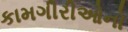
કામગીરીઓનો